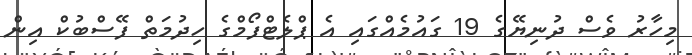
މިހާރު ވެސް ދުނިޔޭގެ 19 ގައުމެއްގައި އެ ޕްލެޓްފޯމްގެ ހިދުމަތް ފޭސްބުކް އިން